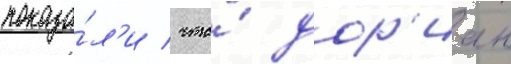
показа́л'и / что́ дор'иан